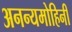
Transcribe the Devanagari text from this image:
अनन्यमोहिनी